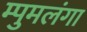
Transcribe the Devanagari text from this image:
म्पुमलंगा